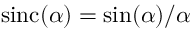
\mathrm { s i n c } ( \alpha ) = \sin ( \alpha ) / \alpha